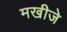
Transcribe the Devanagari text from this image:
मखीजे